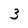
Character: 3